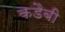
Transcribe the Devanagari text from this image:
कडैबी